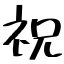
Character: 祝